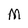
Character: M